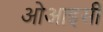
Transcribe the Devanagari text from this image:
ओआइसी